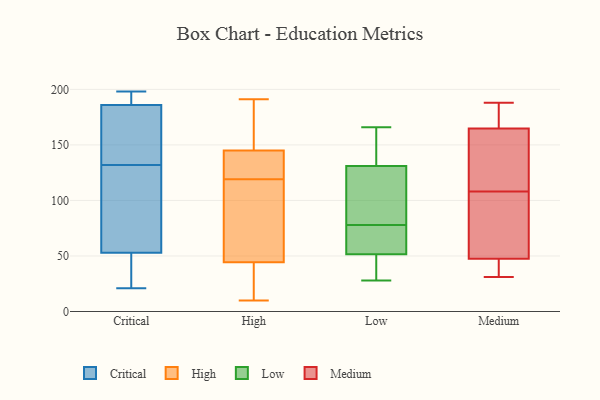
{"axis": {"x": "Page Views", "y": "Value"}, "legend": ["Critical", "High", "Low", "Medium"], "data": [{"x": "", "y": 120, "type": "Critical"}, {"x": "", "y": 53, "type": "Critical"}, {"x": "", "y": 64, "type": "Critical"}, {"x": "", "y": 34, "type": "Critical"}, {"x": "", "y": 180, "type": "Critical"}, {"x": "", "y": 198, "type": "Critical"}, {"x": "", "y": 192, "type": "Critical"}, {"x": "", "y": 127, "type": "Critical"}, {"x": "", "y": 193, "type": "Critical"}, {"x": "", "y": 137, "type": "Critical"}, {"x": "", "y": 36, "type": "Critical"}, {"x": "", "y": 169, "type": "Critical"}, {"x": "", "y": 21, "type": "Critical"}, {"x": "", "y": 186, "type": "Critical"}, {"x": "", "y": 120, "type": "High"}, {"x": "", "y": 173, "type": "High"}, {"x": "", "y": 10, "type": "High"}, {"x": "", "y": 119, "type": "High"}, {"x": "", "y": 133, "type": "High"}, {"x": "", "y": 40, "type": "High"}, {"x": "", "y": 33, "type": "High"}, {"x": "", "y": 79, "type": "High"}, {"x": "", "y": 116, "type": "High"}, {"x": "", "y": 191, "type": "High"}, {"x": "", "y": 21, "type": "High"}, {"x": "", "y": 123, "type": "High"}, {"x": "", "y": 149, "type": "High"}, {"x": "", "y": 57, "type": "High"}, {"x": "", "y": 184, "type": "High"}, {"x": "", "y": 148, "type": "Low"}, {"x": "", "y": 114, "type": "Low"}, {"x": "", "y": 150, "type": "Low"}, {"x": "", "y": 89, "type": "Low"}, {"x": "", "y": 49, "type": "Low"}, {"x": "", "y": 78, "type": "Low"}, {"x": "", "y": 49, "type": "Low"}, {"x": "", "y": 107, "type": "Low"}, {"x": "", "y": 78, "type": "Low"}, {"x": "", "y": 54, "type": "Low"}, {"x": "", "y": 28, "type": "Low"}, {"x": "", "y": 71, "type": "Low"}, {"x": "", "y": 164, "type": "Low"}, {"x": "", "y": 75, "type": "Low"}, {"x": "", "y": 166, "type": "Low"}, {"x": "", "y": 41, "type": "Low"}, {"x": "", "y": 47, "type": "Medium"}, {"x": "", "y": 81, "type": "Medium"}, {"x": "", "y": 49, "type": "Medium"}, {"x": "", "y": 175, "type": "Medium"}, {"x": "", "y": 188, "type": "Medium"}, {"x": "", "y": 168, "type": "Medium"}, {"x": "", "y": 108, "type": "Medium"}, {"x": "", "y": 106, "type": "Medium"}, {"x": "", "y": 41, "type": "Medium"}, {"x": "", "y": 139, "type": "Medium"}, {"x": "", "y": 169, "type": "Medium"}, {"x": "", "y": 31, "type": "Medium"}, {"x": "", "y": 154, "type": "Medium"}, {"x": "", "y": 155, "type": "Medium"}, {"x": "", "y": 35, "type": "Medium"}]}